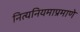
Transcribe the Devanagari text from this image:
नित्यनियमाप्रमाणे